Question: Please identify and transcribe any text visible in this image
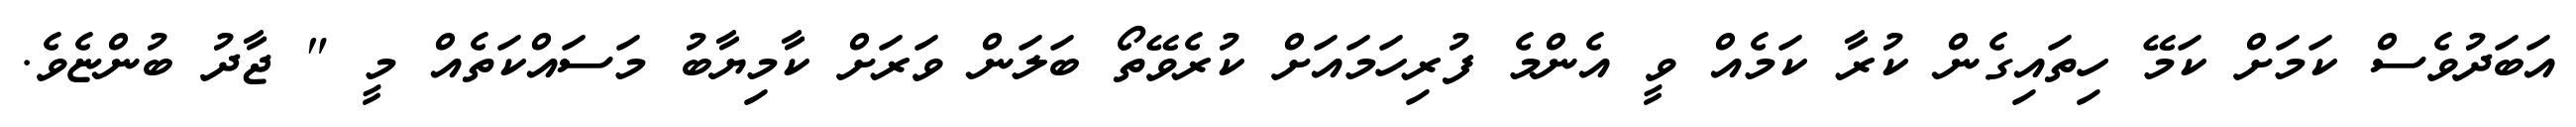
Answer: އަބަދުވެސް ކަމަށް ކަމޭ ހިތައިގެން ކުރާ ކަމެއް ވީ އެންމެ ފުރިހަމައަށް ކުރެވޭތޯ ބަލަން ވަރަށް ކާމިޔާބު މަސައްކަތެއް މީ " ޖާދު ބުންޏެވެ.